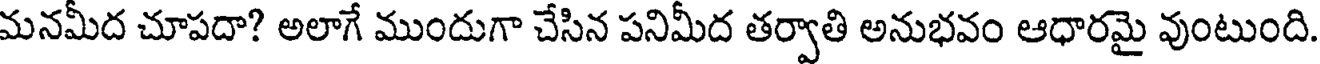
మనమీద చూపదా? అలాగే ముందుగా చేసిన పనిమీద తర్వాతి అనుభవం ఆధారమై వుంటుంది